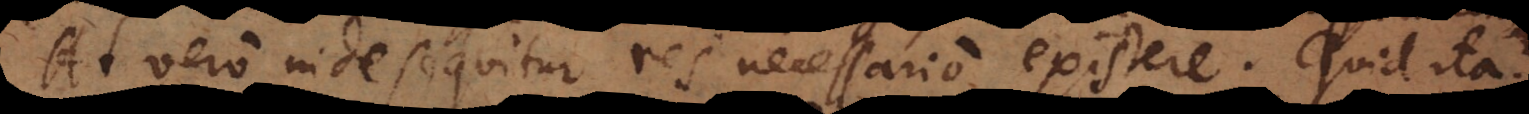
At vero inde sequitur res necessario existere. Quid ita?